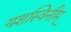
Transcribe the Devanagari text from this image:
यशस्विनीम्‌